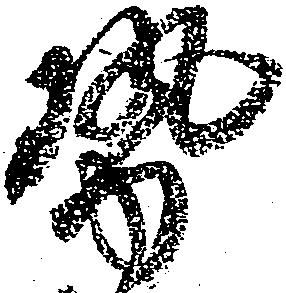
勢